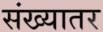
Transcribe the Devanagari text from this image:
संख्यातर